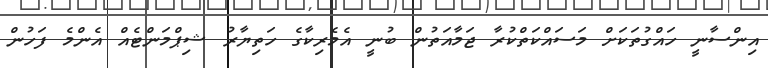
އިންސާނީ ހައްގުތަކަށް މަސައްކަތްކުރާ ޖަމާއަތުން ބުނީ އެމެރިކާގެ ހަތިޔާރު ޝިޕްމަންޓެއް އެންމެ ފަހުން